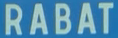
RABAT